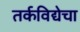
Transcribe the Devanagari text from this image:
तर्कविद्येचा